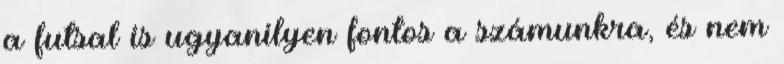
a futsal is ugyanilyen fontos a számunkra, és nem